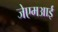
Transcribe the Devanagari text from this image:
जेएमआई